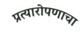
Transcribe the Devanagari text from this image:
प्रत्यारोपणाचा